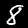
Digit: 8